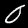
Digit: 0